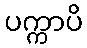
ပက္ကာပိ